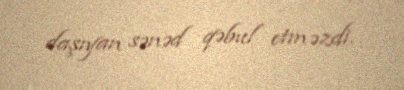
daşıyan sənəd qəbul etməzdi.